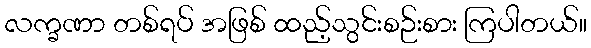
လက္ခဏာ တစ်ရပ် အဖြစ် ထည့်သွင်းစဉ်းစား ကြပါတယ်။